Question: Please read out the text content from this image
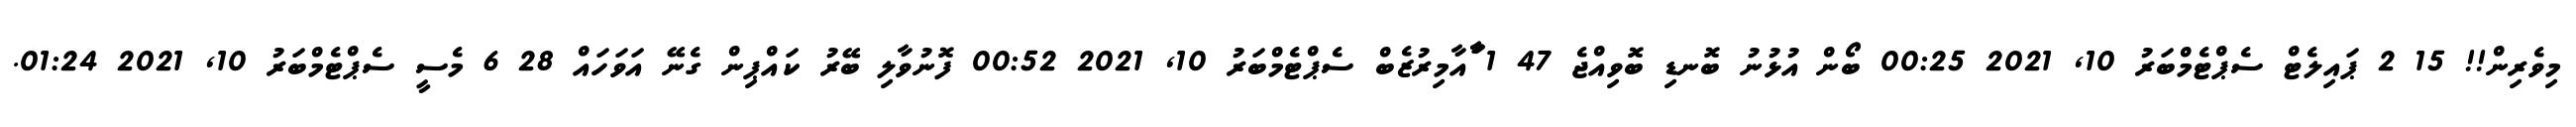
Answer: މިވެރިން!! 15 2 ޕައިލެޓް ސެޕްޓެމްބަރު 10, 2021 00:25 ބޯން އުޅުނު ބޮނޑި ބޮވިއްޖެ 47 1 ާަާއާމިރުޒެބް ސެޕްޓެމްބަރު 10, 2021 00:52 ފޮނުވާލި ބޭރު ކައްޕިން ގެނޭ އަވަހައް 28 6 މެސީ ސެޕްޓެމްބަރު 10, 2021 01:24.